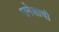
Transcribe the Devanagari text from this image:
धनेशाची